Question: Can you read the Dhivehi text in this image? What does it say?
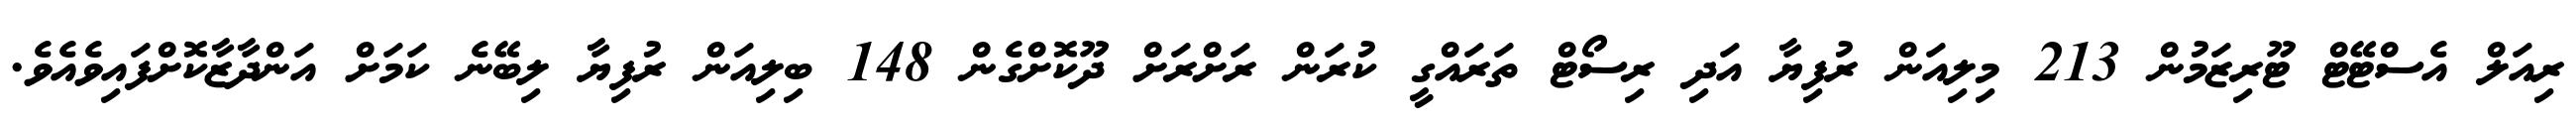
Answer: ރިއަލް އެސްޓޭޓް ޓޫރިޒަމުން 213 މިލިއަން ރުފިޔާ އަދި ރިސޯޓް ތަރައްގީ ކުރަން ރަށްރަށް ދޫކޮށްގެން 148 ބިލިއަން ރުފިޔާ ލިބޭނެ ކަމަށް އަންދާޒާކޮށްފައިވެއެވެ.